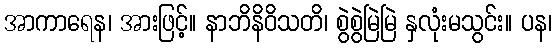
အာကာရေန၊ အားဖြင့်။ နာဘိနိဝိသတိ၊ စွဲစွဲမြဲမြဲ နှလုံးမသွင်း။ ပန၊